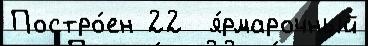
Постро́ен 22  я́рмарочный